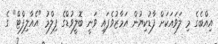
އިއްބެގެ މި ލަވައަކަށް ފާޑުކިޔުން އަމާޒުވެފައި ވަނީ ބޮލީވުޑްގެ ފިލްމު "އެއާލިފްޓް" ގެ